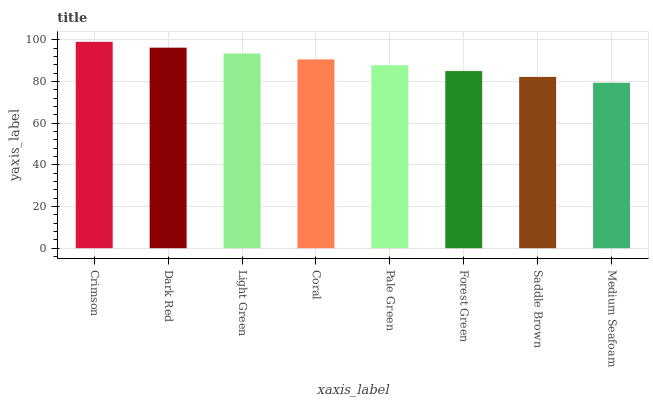
| xaxis_label | bars |
 | --- | --- |
 | Crimson | 99 |
 | Dark Red | 96.2 |
 | Light Green | 93.4 |
 | Coral | 90.6 |
 | Pale Green | 87.8 |
 | Forest Green | 85 |
 | Saddle Brown | 82.2 |
 | Medium Seafoam | 79.4 |